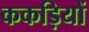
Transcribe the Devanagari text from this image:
ककड़ियों